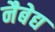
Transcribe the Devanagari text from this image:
नैबेद्य